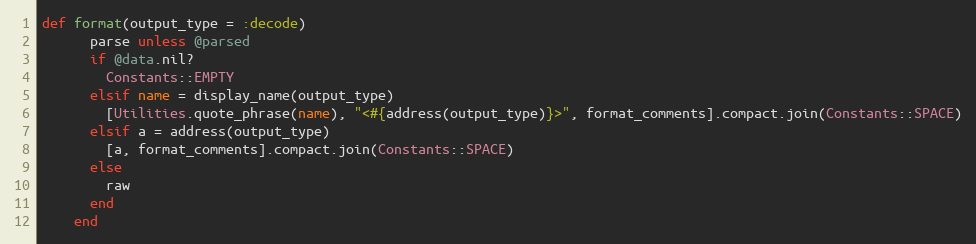
Language: Ruby
def format(output_type = :decode)
      parse unless @parsed
      if @data.nil?
        Constants::EMPTY
      elsif name = display_name(output_type)
        [Utilities.quote_phrase(name), "<#{address(output_type)}>", format_comments].compact.join(Constants::SPACE)
      elsif a = address(output_type)
        [a, format_comments].compact.join(Constants::SPACE)
      else
        raw
      end
    end